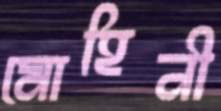
মোহিনী